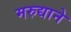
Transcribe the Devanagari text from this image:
मरुद्याने